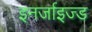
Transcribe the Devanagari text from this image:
इनर्जाइज्ड